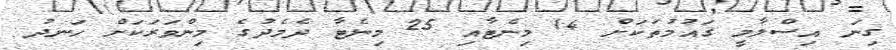
ގިނަ އިސްލާމީ ޤައުމުތަކަށް 14 މިނެޓާއި 25 މިނެޓާ ދެމެދުގެ މިންވަރަކަށް ހަނދު